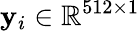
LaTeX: \mathbf{y}_{i}\in\mathbb{R}^{512\times 1}